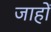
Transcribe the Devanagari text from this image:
जाहों